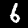
Label: 6